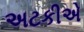
અટકીએ